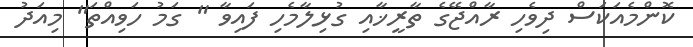
ކޮންމެއަކަސް ދިވެހި ރާއްޖޭގެ ތާރީޚާއި ގުޅިލާމެހި ފައިވާ " ގަމު ހަވިއްތަ" މިއަދު